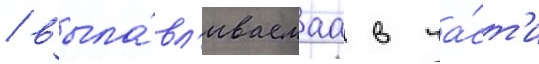
/ выла́вл'иваемаа в ча́ст'и